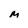
Character: M